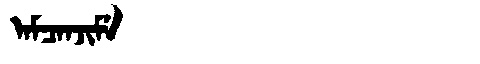
Manchu: ᠠᠮᠴᠠᠨᠵᡳᠮᡝ
Romanization: AMCANJIME